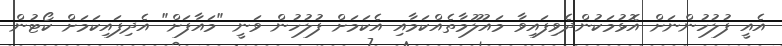
އެއީ ފުލުހުންނަށް އޮޅުމަކުންދެވިފައިވާ މައުލޫމާތެއްކަމާއި އެކަމަށް ފުލުހުން ވަނީ "މައާފަށް" އެދިފައިކަމަށް ކޯޓުން